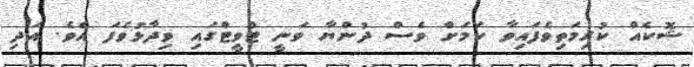
ޝޮކެއް ކުރިމަތިވެފައިވާ ކަމަށް ވެސް ދުންޔާ ވަނީ ޓްވީޓްގައި ވިދާޅުވެފަ އެވެ. އަދި